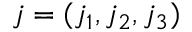
j = ( j _ { 1 } , j _ { 2 } , j _ { 3 } )